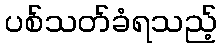
ပစ်သတ်ခံရသည့်